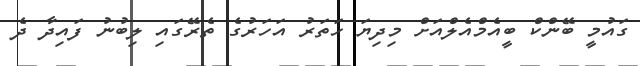
ގައުމީ ބޭންކް ބީއެމްއެލްއަށް މިދިޔަ ހަތަރު އަހަރުގެ ތެރޭގައި ލިބުނު ފައިދާ ދެ